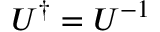
U ^ { \dagger } = U ^ { - 1 }